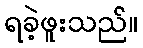
ရခဲ့ဖူးသည်။